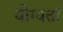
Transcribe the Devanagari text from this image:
योग्यतां